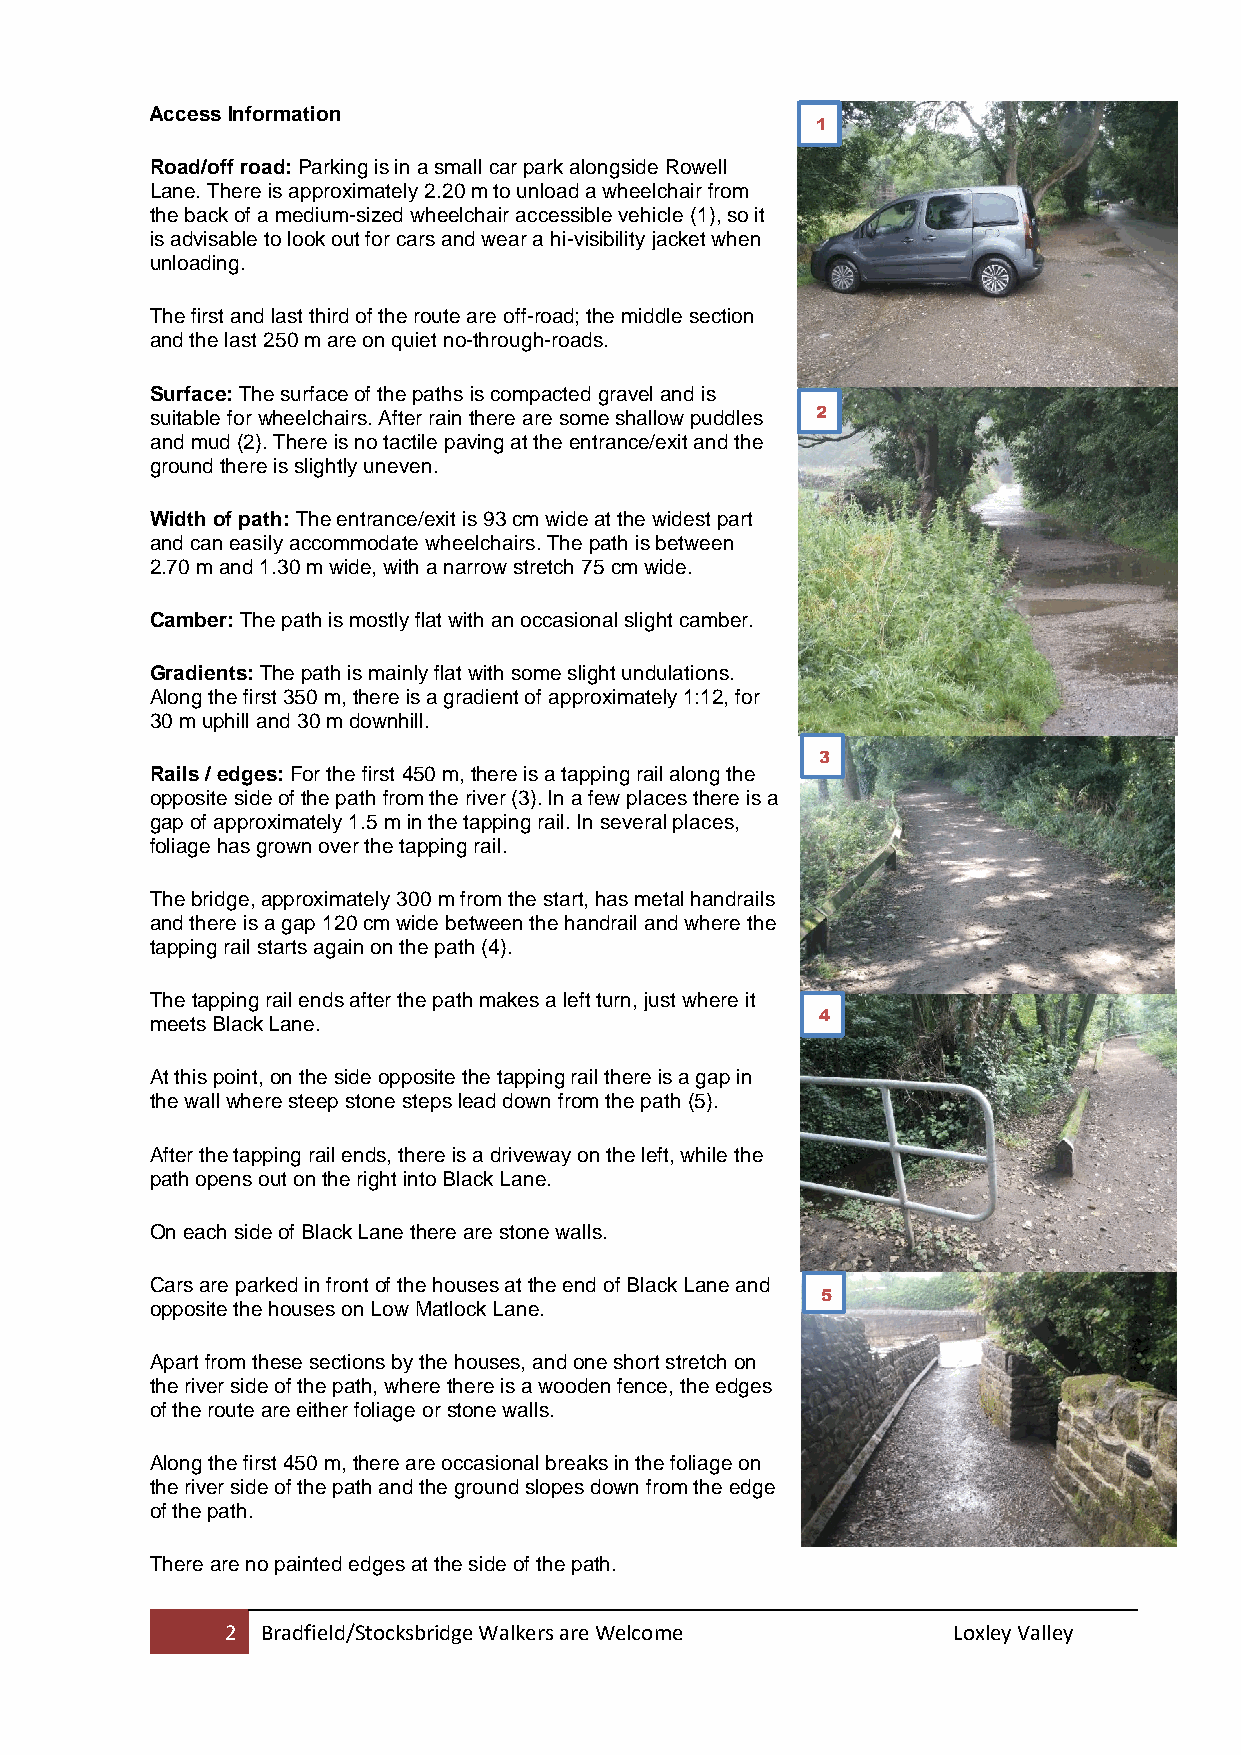
Access Information
 1
 Road/off road: Parking is in a small car park alongside Rowell
 Lane. There is approximately 2.20 m to unload a wheelchair from
 the back of a medium-sized wheelchair accessible vehicle (1), so it
 is advisable to look out for cars and wear a hi-visibility jacket when
 unloading.
 The first and last third of the route are off-road; the middle section
 and the last 250 m are on quiet no-through-roads.
 Surface: The surface of the paths is compacted gravel and is
 suitable for wheelchairs. After rain there are some shallow puddles 2
 and mud (2). There is no tactile paving at the entrance/exit and the
 ground there is slightly uneven.
 Width of path: The entrance/exit is 93 cm wide at the widest part
 and can easily accommodate wheelchairs. The path is between
 2.70 m and 1.30 m wide, with a narrow stretch 75 cm wide.
 Camber: The path is mostly flat with an occasional slight camber.
 Gradients: The path is mainly flat with some slight undulations.
 Along the first 350 m, there is a gradient of approximately 1:12, for
 30 m uphill and 30 m downhill.
 3
 Rails / edges: For the first 450 m, there is a tapping rail along the
 opposite side of the path from the river (3). In a few places there is a
 gap of approximately 1.5 m in the tapping rail. In several places,
 foliage has grown over the tapping rail.
 The bridge, approximately 300 m from the start, has metal handrails
 and there is a gap 120 cm wide between the handrail and where the
 tapping rail starts again on the path (4).
 The tapping rail ends after the path makes a left turn, just where it
 4
 meets Black Lane.
 At this point, on the side opposite the tapping rail there is a gap in
 the wall where steep stone steps lead down from the path (5).
 After the tapping rail ends, there is a driveway on the left, while the
 path opens out on the right into Black Lane.
 On each side of Black Lane there are stone walls.
 Cars are parked in front of the houses at the end of Black Lane and
 5
 opposite the houses on Low Matlock Lane.
 Apart from these sections by the houses, and one short stretch on
 the river side of the path, where there is a wooden fence, the edges
 of the route are either foliage or stone walls.
 Along the first 450 m, there are occasional breaks in the foliage on
 the river side of the path and the ground slopes down from the edge
 of the path.
 There are no painted edges at the side of the path.
 2 Bradfield/Stocksbridge Walkers are Welcome    Loxley Valley